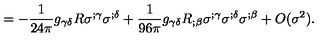
= - \frac { 1 } { 2 4 \pi } g _ { \gamma \delta } R \sigma ^ { ; \gamma } \sigma ^ { ; \delta } + \frac { 1 } { 9 6 \pi } g _ { \gamma \delta } R _ { ; \beta } \sigma ^ { ; \gamma } \sigma ^ { ; \delta } \sigma ^ { ; \beta } + O ( \sigma ^ { 2 } ) .